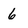
Character: 6